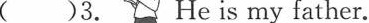
( )3. He is my father.